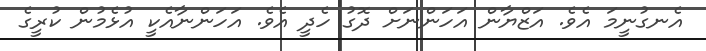
އެނގުނީމަ އެވެ. އަޒްޔާން އަހަންނަށް ދޮގު ހެދީ އެެވެ. އަހަންނާއެކީ އުޅެމުން ކުރީގެ